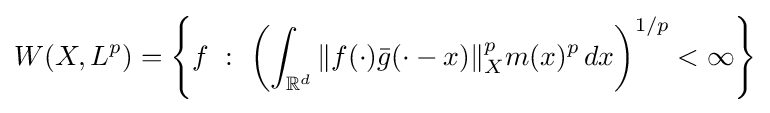
W(X,L^{p})=\left\{f\ :\ \left(\int _{\mathbb {R} ^{d}}\|f(\cdot ){\bar {g}}(\cdot -x)\|_{X}^{p}m(x)^{p}\,dx\right)^{1/p}<\infty \right\}